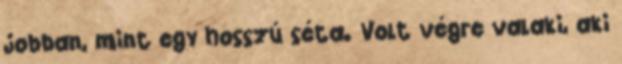
jobban, mint egy hosszú séta. Volt végre valaki, aki